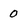
Character: 0